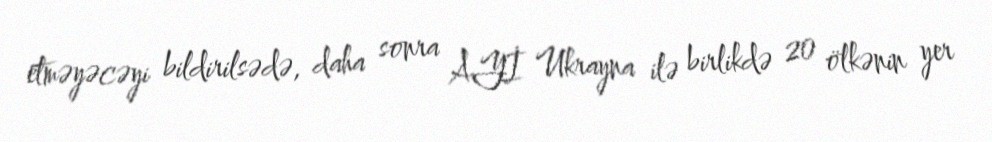
etməyəcəyi bildirilsədə, daha sonra AYİ Ukrayna ilə birlikdə 20 ölkənin yer